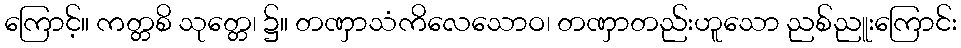
ကြောင့်။ ကတ္တစိ သုတ္တေ၊ ၌။ တဏှာသံကိလေသောဝ၊ တဏှာတည်းဟူသော ညစ်ညူးကြောင်း